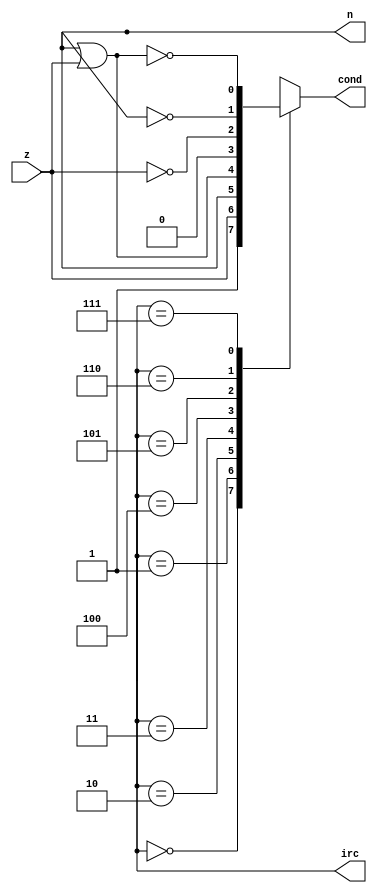
module dpth_br_cnd (
  input  wire       z,
  output wire       n,
  output wire [2:0] irc,
  output reg        cond
);
  always @(*)
  begin: p_br_cond
    case (irc)
      3'b000:
        cond = 1'b1;
      3'b001:
        cond = z;
      3'b010:
        cond = n;
      3'b011:
        cond = n | z;
      3'b100:
        cond = 1'b0;
      3'b101:
        cond = ~z;
      3'b110:
        cond = ~n;
      3'b111:
        cond = ~(n | z);
    endcase
  end
endmodule